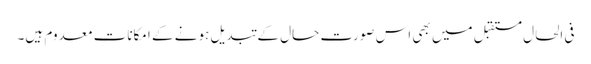
فی الحال مستقبل میں بھی اس صورتِ حال کے تبدیل ہونے کے امکانات معدوم ہیں۔